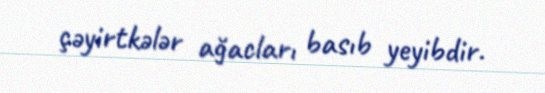
çəyirtkələr ağacları basıb yeyibdir.